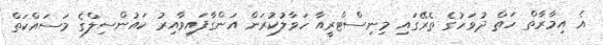
އެ އިމާރާތް ހަތް ދުވަހުގެ ތެރޭގައި މިނިސްޓްރީއާ ހަވާލުކުރަން އަންގާފައިވާއިރު ކައުންސިލްގެ މަސައްކަތް